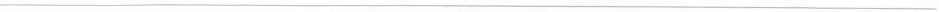
——————